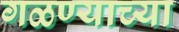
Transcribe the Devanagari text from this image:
गळण्याच्या